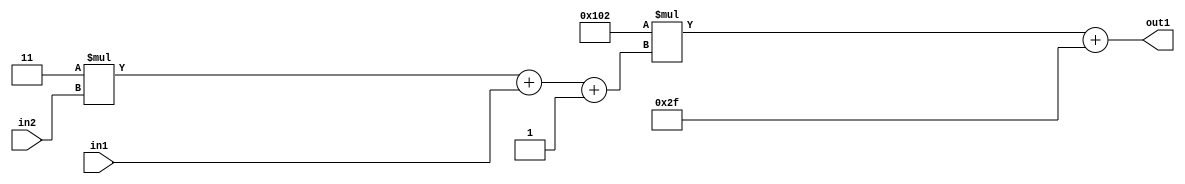
`timescale 1ps / 1ps
/*****************************************************************************
    Verilog RTL Description
    
    
    Created by: Stratus DpOpt 2019.1.01 
*******************************************************************************/

module DC_Filter_Add2i47Mul2i258Add3i1u1Mul2i3u2_1 (
	in2,
	in1,
	out1
	); /* architecture "behavioural" */ 
input [1:0] in2;
input  in1;
output [11:0] out1;
wire [11:0] asc001;
wire [3:0] asc002;

wire [3:0] asc002_tmp_0;
wire [3:0] asc002_tmp_1;
assign asc002_tmp_1 = 
	+(4'B0011 * in2);
assign asc002_tmp_0 = asc002_tmp_1
	+(in1);
assign asc002 = asc002_tmp_0
	+(4'B0001);

wire [11:0] asc001_tmp_2;
assign asc001_tmp_2 = 
	+(12'B000100000010 * asc002);
assign asc001 = asc001_tmp_2
	+(12'B000000101111);

assign out1 = asc001;
endmodule

/* CADENCE  vrP1Tws= : u9/ySgnWtBlWxVPRXgAZ4Og= ** DO NOT EDIT THIS LINE ******/